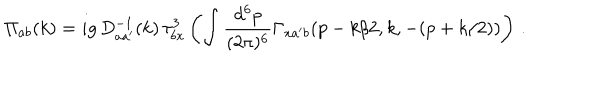
\Pi _ { a b } ( k ) = i g \, D _ { a a ^ { \prime } } ^ { - 1 } ( k ) \, \tau _ { b x } ^ { 3 } \left( \int \frac { d ^ { 6 } p } { ( 2 \pi ) ^ { 6 } } \Gamma _ { x a ^ { \prime } b } ( p - k / 2 , k , - ( p + k / 2 ) ) \right) \, .